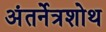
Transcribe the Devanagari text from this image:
अंतर्नेत्रशोथ